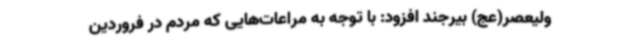
ولیعصر(عج) بیرجند افزود: با توجه به مراعات‌هایی که مردم در فروردین